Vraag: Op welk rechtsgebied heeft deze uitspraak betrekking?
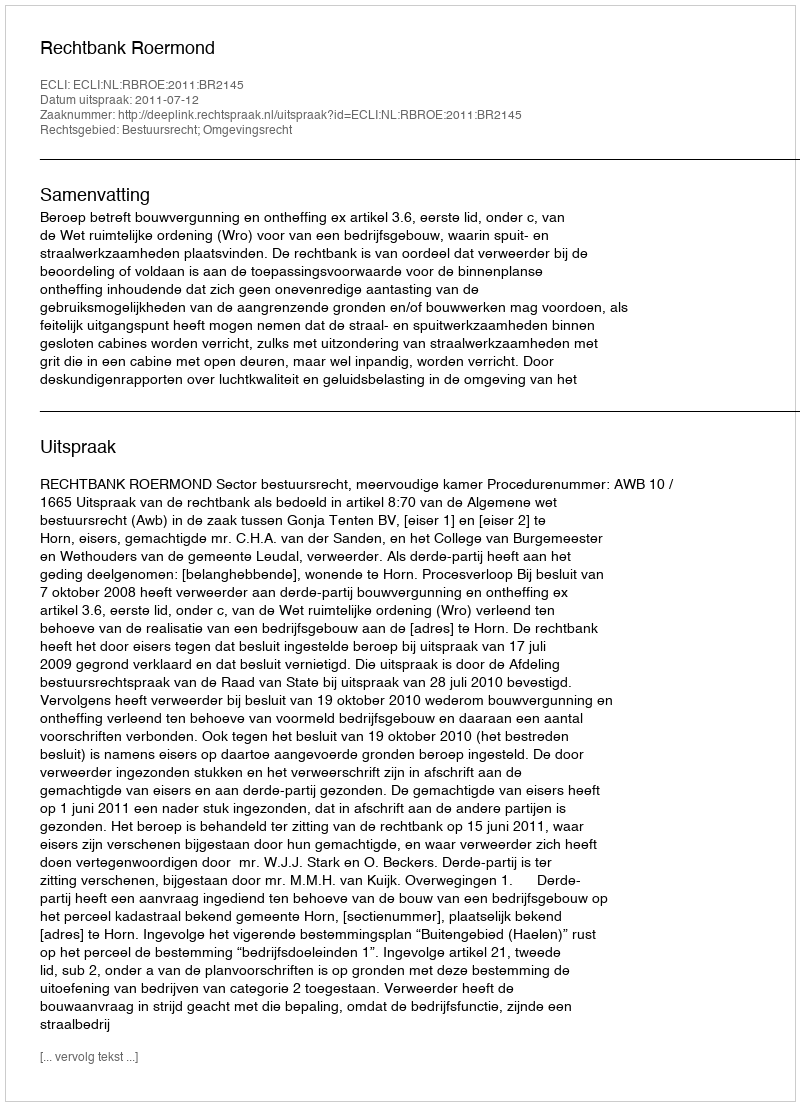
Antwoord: Bestuursrecht; Omgevingsrecht